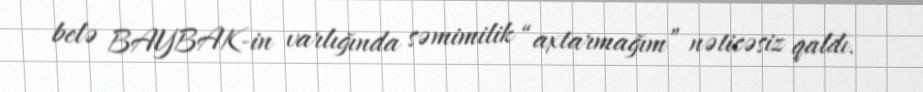
belə BAYBAK-in varlığında səmimilik “axtarmağım” nəticəsiz qaldı.